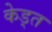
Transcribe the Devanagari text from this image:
केड्त